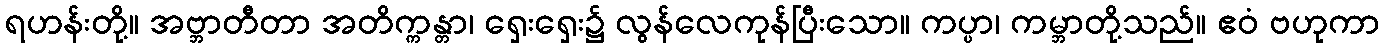
ရဟန်းတို့။ အဗ္ဘာတီတာ အတိက္ကန္တာ၊ ရှေးရှေး၌ လွန်လေကုန်ပြီးသော။ ကပ္ပာ၊ ကမ္ဘာတို့သည်။ ဧဝံ ဗဟုကာ